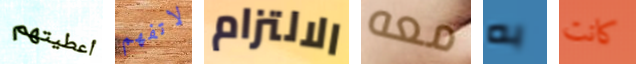
أعطيتهم لاتفهم الالتزام معه به كانت